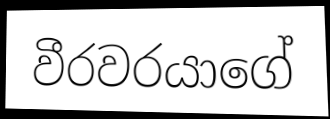
වීරවරයාගේ